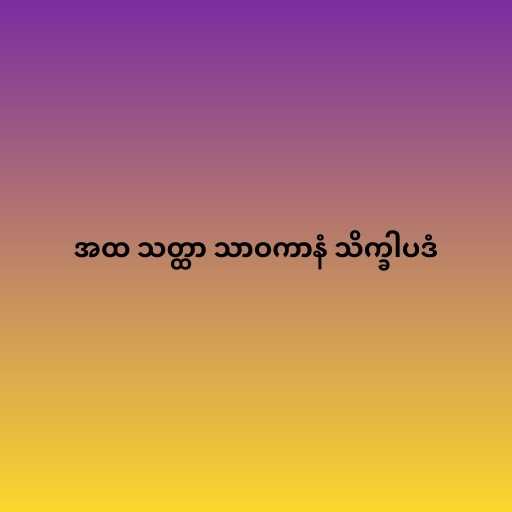
အထ သတ္ထာ သာဝကာနံ သိက္ခါပဒံ